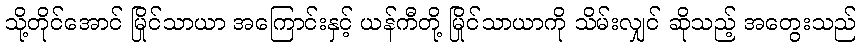
သို့တိုင်အောင် မြိုင်သာယာ အကြောင်းနှင့် ယန်ကီတို့ မြိုင်သာယာကို သိမ်းလျှင် ဆိုသည့် အတွေးသည်